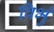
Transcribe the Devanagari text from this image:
विभुं